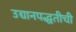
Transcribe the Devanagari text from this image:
उद्यानपद्धतीची